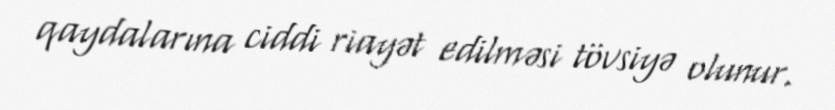
qaydalarına ciddi riayət edilməsi tövsiyə olunur.